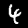
Digit: 4